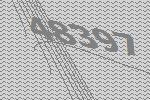
48397